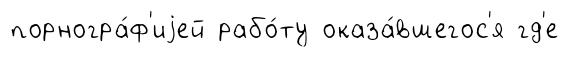
порногра́ф'иjей рабо́ту оказа́вшегос'я гд'е